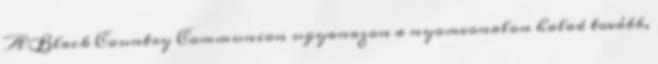
A Black Country Communion ugyanazon a nyomvonalon halad tovább,